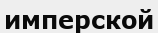
имперской